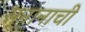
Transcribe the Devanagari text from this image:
स्नानाची